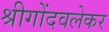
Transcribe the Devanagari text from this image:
श्रीगोंदवलेकर